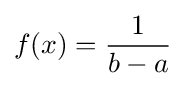
f(x)={\frac {1}{b-a}}